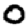
Digit: 0